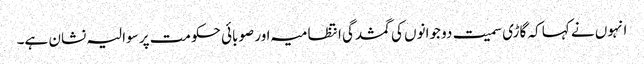
انہوں نے کہا کہ گاڑی سمیت دو جوانوں کی گمشدگی انتظامیہ اور صوبائی حکومت پر سوالیہ نشان ہے۔